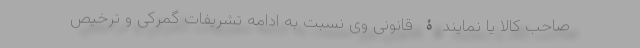
صاحب کالا یا نمایندۀ قانونی وی نسبت به ادامه تشریفات گمرکی و ترخیص